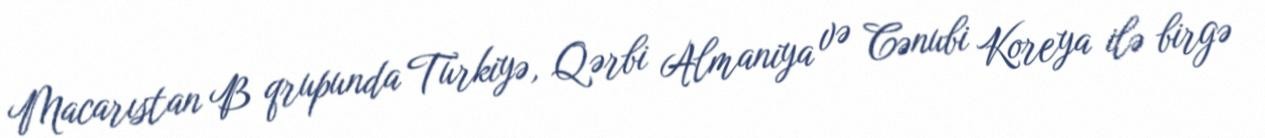
Macarıstan B qrupunda Türkiyə, Qərbi Almaniya və Cənubi Koreya ilə birgə